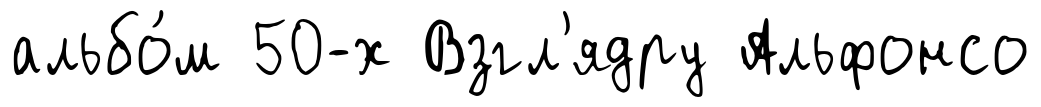
альбо́м 50-х Взгл'ядру Альфонсо